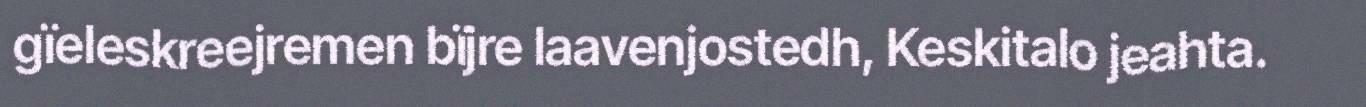
gïeleskreejremen bïjre laavenjostedh, Keskitalo jeahta.